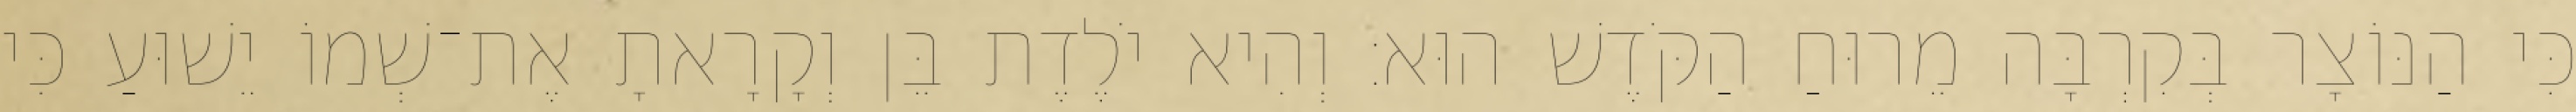
כִּי הַנּוֹצָר בְּקִרְבָּה מֵרוּחַ הַקֹּדֶשׁ הוּא׃ וְהִיא יֹלֶדֶת בֵּן וְקָרָאתָ אֶת־שְׁמוֹ יֵשׁוּעַ כִּי